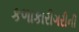
કળાકારીગરીની